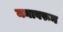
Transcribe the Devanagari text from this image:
मनावरून